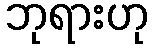
ဘုရားဟု